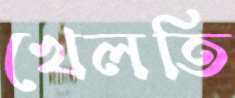
খেলতি